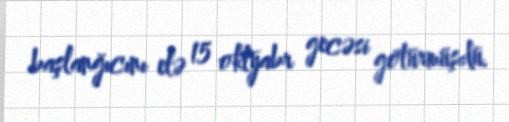
başlanğıcını elə 15 oktyabr gecəsi götürmüşdü.